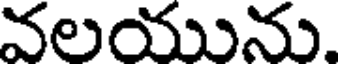
వలయును.